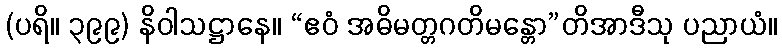
(ပရိ။ ၃၉၉) နိဝါသဋ္ဌာနေ။ “ဧဝံ အဓိမတ္တဂတိမန္တော”တိအာဒီသု ပညာယံ။